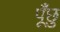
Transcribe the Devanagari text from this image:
पूँछु